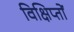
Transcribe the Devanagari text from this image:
विक्षिप्तों